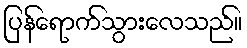
ပြန်ရောက်သွားလေသည်။